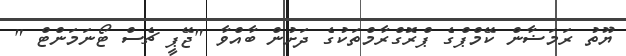
ޔޫތު ރަމަޟާން ކޭމްޕްގެ ޕްރޮގްރާމްތަކުގެ ދަށުން ބާއްވާ "ޖޭޕީ ޗެސް ޓޯނަމަންޓް "